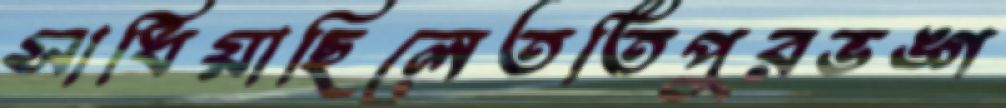
সাধিয়াছিলেতর্তিপুরভঙ্গ